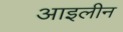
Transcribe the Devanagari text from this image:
आइलीन